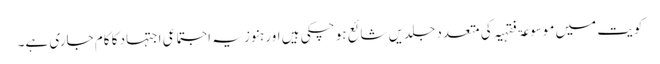
کویت میں موسوعۃ فقہیہ کی متعدد جلدیں شائع ہو چکی ہیں اور ہنوز یہ اجتماعی اجتہاد کا کام جاری ہے۔